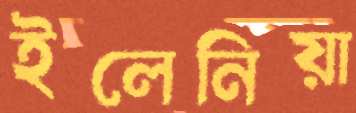
ইলেনিয়া